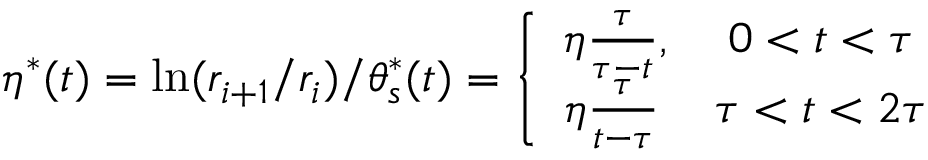
\eta ^ { * } ( t ) = \ln ( r _ { i + 1 } / r _ { i } ) / \theta _ { s } ^ { * } ( t ) = \left\lbrace \begin{array} { c c } { \eta \frac { \tau } { \tau - t } , } & { 0 < t < \tau } \\ { \eta \frac { \tau } { t - \tau } \, } & { \tau < t < 2 \tau } \end{array} \right.